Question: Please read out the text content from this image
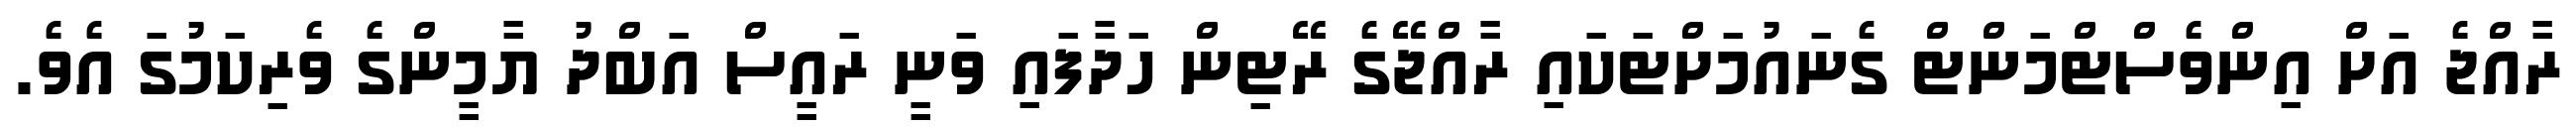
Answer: ރާއްޖެ އަށް އިންވެސްޓްމަންޓް ގެނައުމަށްޓަކައި ރާއްޖޭގެ ރޭޓިން ހަދާފައި ވަނީ ރައީސް އަބްދު ޔާމީންގެ ވެރިކަމުގަ އެވެ.